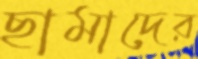
ছামাদের